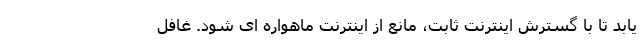
یابد تا با گسترش اینترنت ثابت، مانع از اینترنت ماهواره ای شود. غافل